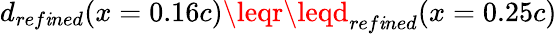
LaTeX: d_{ref\mathit{i}ned}(x=0.16c)\leqr\leqd_{ref\mathit{i}ned}(x=0.25c)